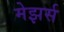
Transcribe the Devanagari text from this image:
मेझर्स